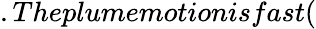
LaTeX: .Theplumemotionisfast(